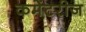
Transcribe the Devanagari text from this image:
कमेंटरीज